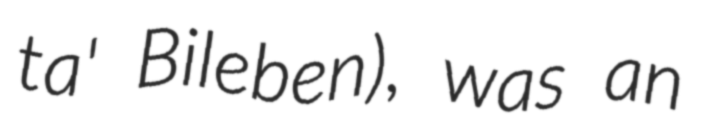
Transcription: ta' Bileben), was an